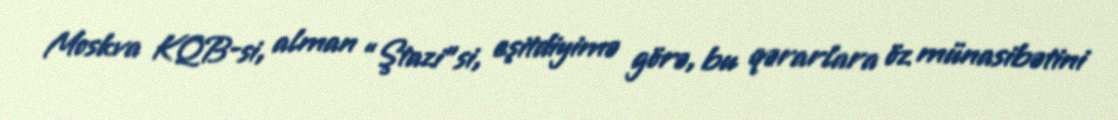
Moskva KQB-si, alman “Ştazi”si, eşitdiyimə görə, bu qərarlara öz münasibətini